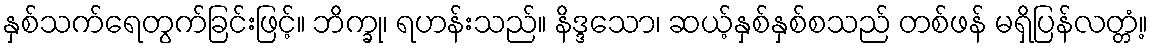
နှစ်သက်ရေတွက်ခြင်းဖြင့်။ ဘိက္ခု၊ ရဟန်းသည်။ နိဒ္ဒသော၊ ဆယ့်နှစ်နှစ်စသည် တစ်ဖန် မရှိပြန်လတ္တံ့။